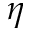
\eta